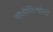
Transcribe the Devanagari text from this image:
मोतीसिन्धोली